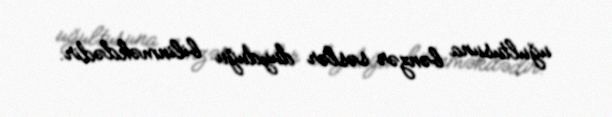
uğultusuna bənzər səslər duyduğu bilinməkdədir.